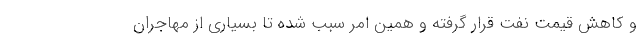
و کاهش قیمت نفت قرار گرفته و همین امر سبب شده تا بسیاری از مهاجران